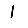
Digit: 1